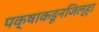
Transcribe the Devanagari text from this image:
पक्षाकडूनजिल्हा